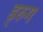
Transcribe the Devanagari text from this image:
ड्रुग